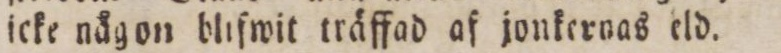
lcke nägon blifwit träffad af jonkernas eld.